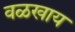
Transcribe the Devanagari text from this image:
वळखाय